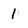
Character: 1